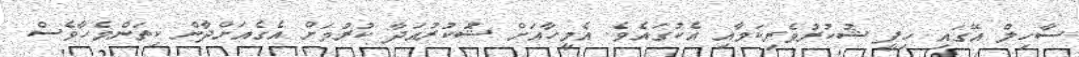
ސާހިލް އޭގައި ހިފީ ޝުކުރުވެރިކަމާއި އެކުގައެވެ. އެމީހާއަށް ޝުކުރުއަދާ ކުރުމަށް އެގެއަށްދާން ކިތަންމެހާވެސް